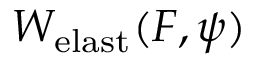
W _ { \mathrm { e l a s t } } ( \boldsymbol { F } , \psi )